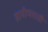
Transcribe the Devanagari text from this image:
ग्रामीणवासी